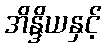
အိန္ဒိယနှင့်